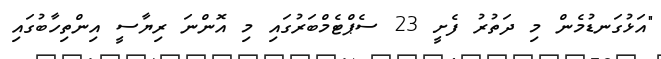
"އަޅުގަނޑުމެން މި ދަތުރު ފެށީ 23 ސެޕްޓެމްބަރުގައި މި އޮންނަ ރިޔާސީ އިންތިހާބުގައި